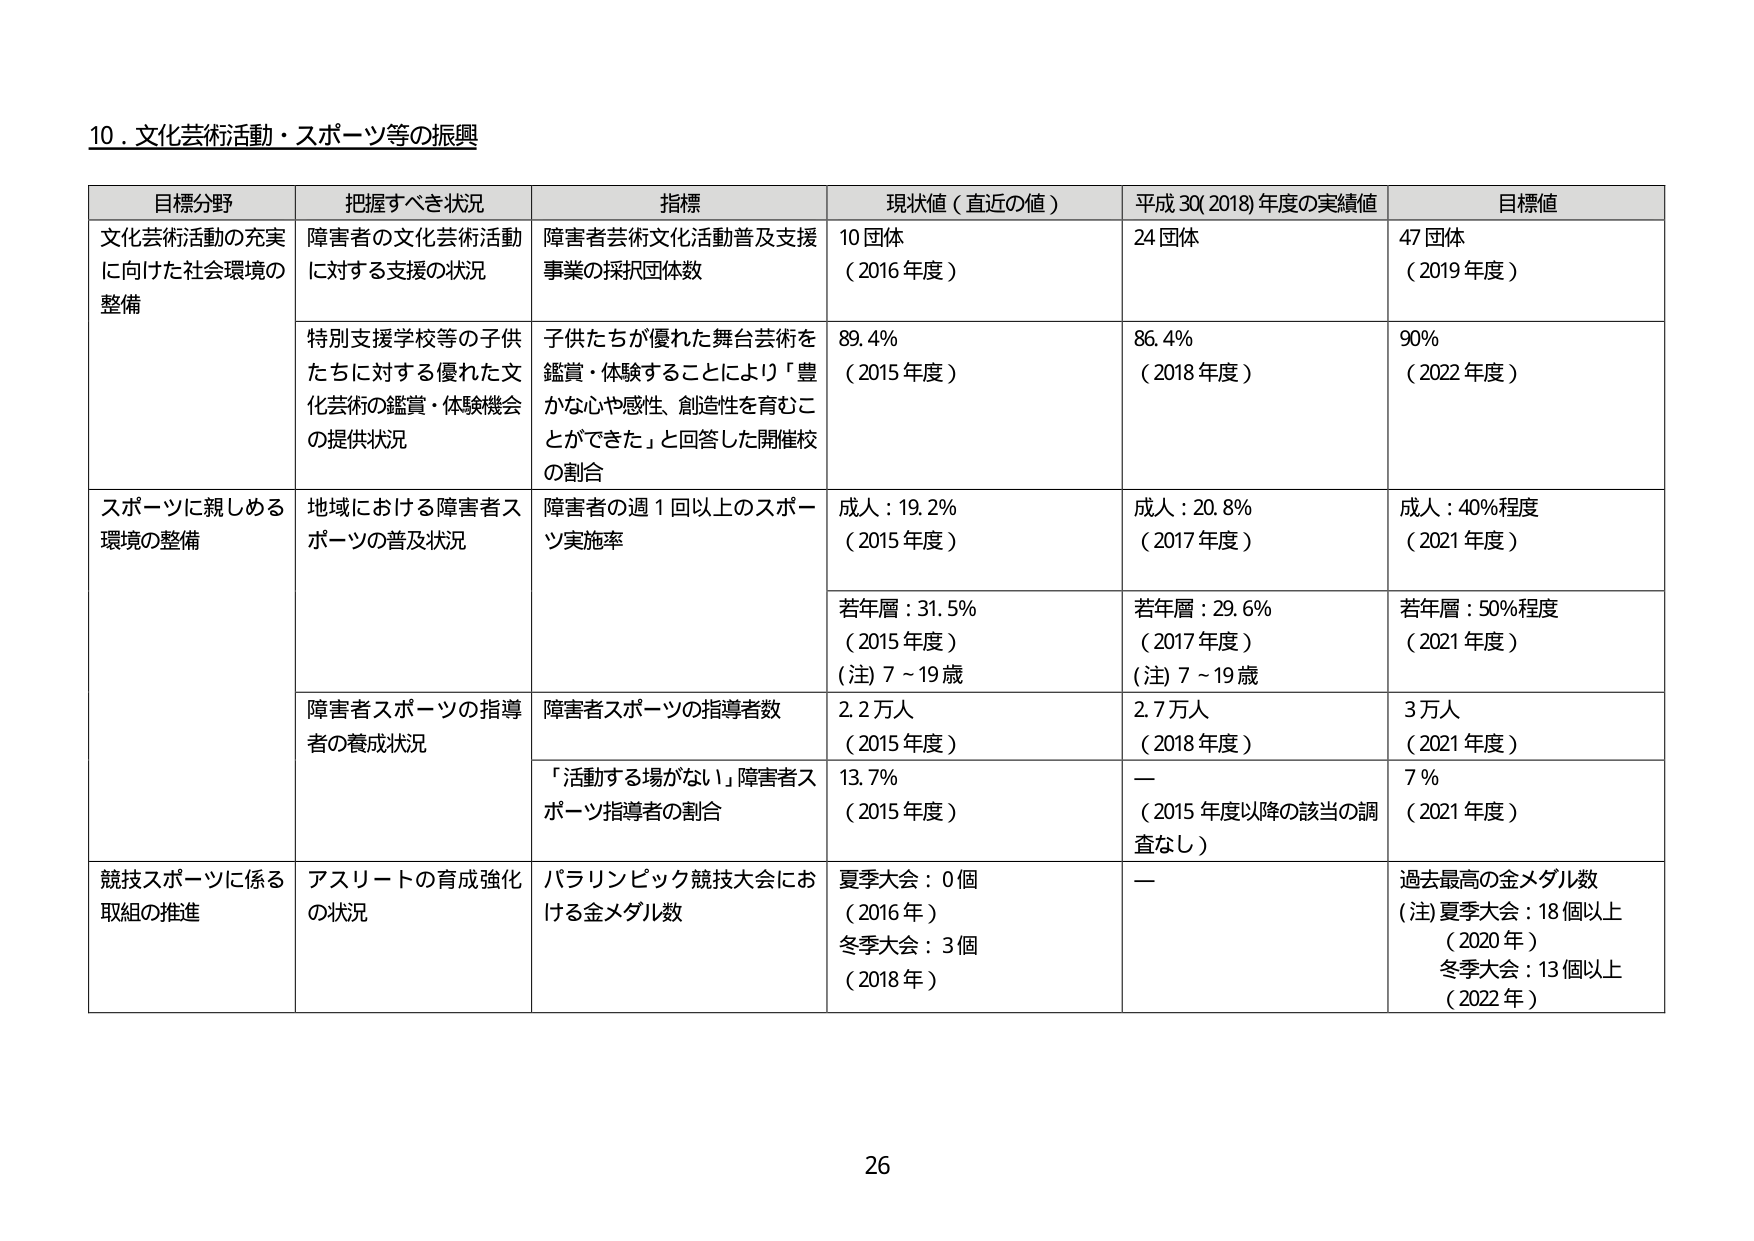
10．文化芸術活動・スポーツ等の振興

目標分野　　　　　　　把握すべき状況　　　　　　　　指標　　　　　　　　　　　　現状値（直近の値）　　　　平成30(2018)年度の実績値　　　目標値
文化芸術活動の充実　障害者の文化芸術活動　　　　障害者芸術文化活動普及支援　　10団体　　　　　　　　　　24団体　　　　　　　　　　47団体
に向けた社会環境の　に対する支援の状況　　　　　事業の採択団体数　　　　　　（2016年度）　　　　　　　　（2018年度）　　　　　　　　（2019年度）
整備

　　　　　　　　　　特別支援学校等の子供　　　子供たちが優れた舞台芸術を　　89.4%　　　　　　　　　　86.4%　　　　　　　　　　90%
　　　　　　　　　　たちに対する優れた文　　鑑賞・体験することにより「豊　　（2015年度）　　　　　　　　（2018年度）　　　　　　　　（2022年度）
　　　　　　　　　　化芸術の鑑賞・体験機会　　かな心や感性、創造性を育むこ
　　　　　　　　　　の提供状況　　　　　　　　とができた」と回答した開催校
　　　　　　　　　　　　　　　　　　　　　　　の割合

スポーツに親しめる　地域における障害者ス　　　障害者の週1回以上のスポー　　成人：19.2%　　　　　　　　成人：20.8%　　　　　　　　成人：40%程度
環境の整備　　　　　ポーツの普及状況　　　　　　ツ実施率　　　　　　　　　　（2015年度）　　　　　　　　（2017年度）　　　　　　　　（2021年度）

　　　　　　　　　　　　　　　　　　　　　　　若年層：31.5%　　　　　　　　若年層：29.6%　　　　　　　　若年層：50%程度
　　　　　　　　　　　　　　　　　　　　　　　（2015年度）　　　　　　　　（2017年度）　　　　　　　　（2021年度）
　　　　　　　　　　　　　　　　　　　　　　　(注)7～19歳　　　　　　　　　(注)7～19歳

　　　　　　　　　　障害者スポーツの指導　　　障害者スポーツの指導者数　　2.2万人　　　　　　　　　　2.7万人　　　　　　　　　　3万人
　　　　　　　　　　者の養成状況　　　　　　　　　　　　　　　　　　　　　　（2015年度）　　　　　　　　（2018年度）　　　　　　　　（2021年度）

　　　　　　　　　　　　　　　　　　　　　　「活動する場がない」障害者ス　　13.7%　　　　　　　　　　ー　　　　　　　　　　　　7%
　　　　　　　　　　　　　　　　　　　　　　ポーツ指導者の割合　　　　　　（2015年度）　　　　　　　　（2015年度以降の該当の調
　　　　　　　　　　　　　　　　　　　　　　　　　　　　　　　　　　　　　　査なし）　　　　　　　　　　（2021年度）

競技スポーツに係る　アスリートの育成強化　　　パラリンピック競技大会にお　　夏季大会：0個　　　　　　　ー　　　　　　　　　　　　過去最高の金メダル数
取組の推進　　　　　の状況　　　　　　　　　　ける金メダル数　　　　　　　　（2016年）　　　　　　　　　　　　　　　　　　(注)夏季大会：18個以上
　　　　　　　　　　　　　　　　　　　　　　　冬季大会：3個　　　　　　　　　　　　　　　　　　　　　　（2020年）
　　　　　　　　　　　　　　　　　　　　　　　（2018年）　　　　　　　　　　　　　　　　　　　　　　冬季大会：13個以上
　　　　　　　　　　　　　　　　　　　　　　　　　　　　　　　　　　　　　　　　　　　　　　　　　　　　（2022年）

26